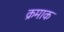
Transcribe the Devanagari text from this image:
क्रमाक